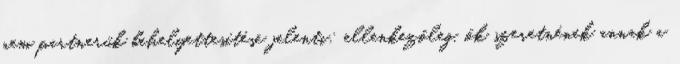
nem partnerük behelyettesítése jelenti: ellenkezőleg, ők szeretnének annak a